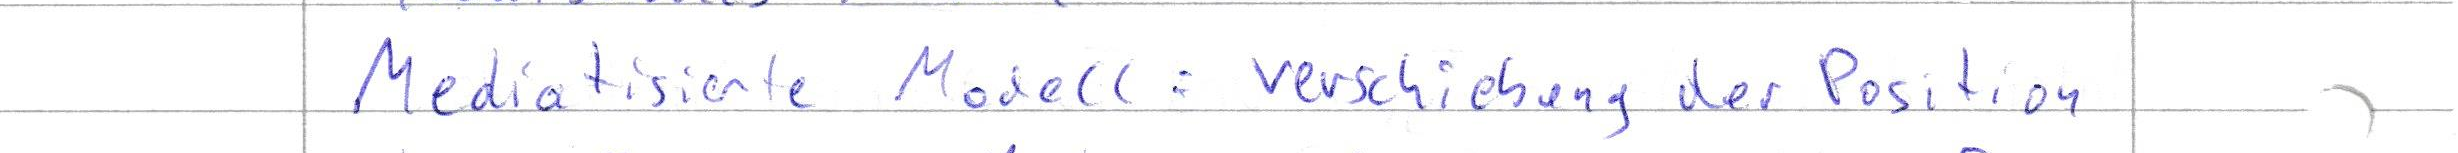
Mediatisierte Modell : verschiebung der Position